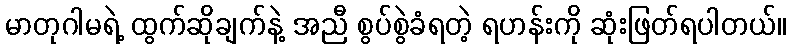
မာတုဂါမရဲ့ ထွက်ဆိုချက်နဲ့ အညီ စွပ်စွဲခံရတဲ့ ရဟန်းကို ဆုံးဖြတ်ရပါတယ်။